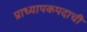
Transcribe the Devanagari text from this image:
प्राध्यापकपदाची